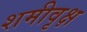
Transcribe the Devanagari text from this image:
शमीवृक्ष